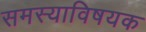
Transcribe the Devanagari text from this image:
समस्याविषयक